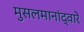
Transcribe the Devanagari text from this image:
मुसलमानांद्वारे